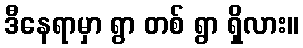
ဒီနေရာမှာ ရွာ တစ် ရွာ ရှိလား။